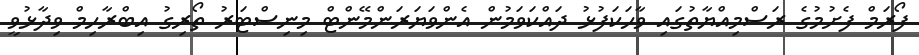
ފޯރަމް ފެށުމުގެ ރަސްމިއްޔާތުގައި ވާހަކަފުޅު ދައްކަވަމުން އެންވަޔަރަންމޭންޓް މިނިސްޓަރު ތޯރިގު އިބްރާހިމް ވިދާޅުވީ